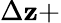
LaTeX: \Delta\mathbf{z}+